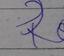
Signature authenticity: forged